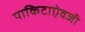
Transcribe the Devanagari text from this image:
पाकिटाऐवजी